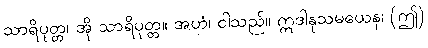
သာရိပုတ္တ၊ အို သာရိပုတ္တ။ အဟံ၊ ငါသည်။ ဣဒါနုသမယေန၊ (ဤ)